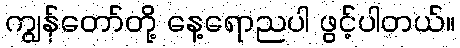
ကျွန်တော်တို့ နေ့ရောညပါ ဖွင့်ပါတယ်။